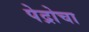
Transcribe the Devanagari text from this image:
पेद्रोचा